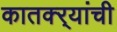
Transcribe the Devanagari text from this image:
कातक्र्‍यांची